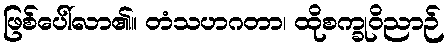
ဖြစ်ပေါ်လာ၏။ တံသဟဂတာ၊ ထိုစက္ခုဝိညာဉ်